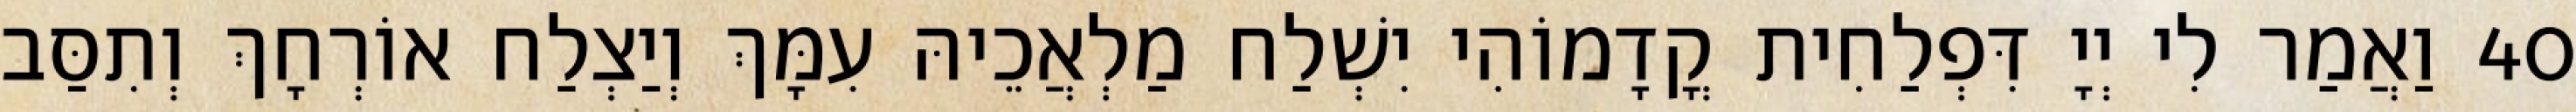
40 וַאֲמַר לִי יְיָ דִּפְלַחִית קֳדָמוֹהִי יִשְׁלַח מַלְאֲכֵיהּ עִמָּךְ וְיַצְלַח אוֹרְחָךְ וְתִסַּב